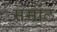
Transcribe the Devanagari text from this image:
मर्मोट